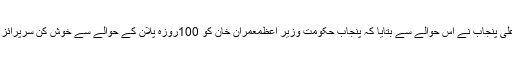
وزیر اعلیٰ پنجاب نے اس حوالے سے بتایا کہ پنجاب حکومت وزیر اعظمعمران خان کو 100روزہ پلان کے حوالے سے خوش کن سرپرائز دے گا۔